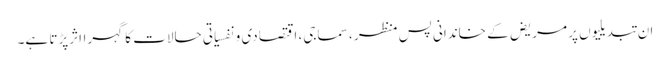
ان تبدیلیوں پر مریض کے خاندانی پس منظر ، سماجی، اقتصادی و نفسیاتی حالات کا گہرااثرپڑتا ہے۔